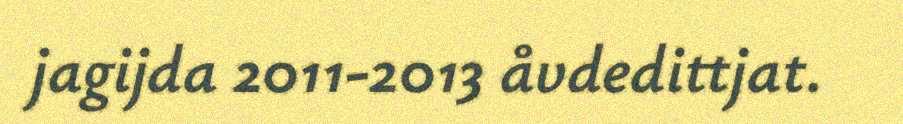
jagijda 2011-2013 åvdedittjat.